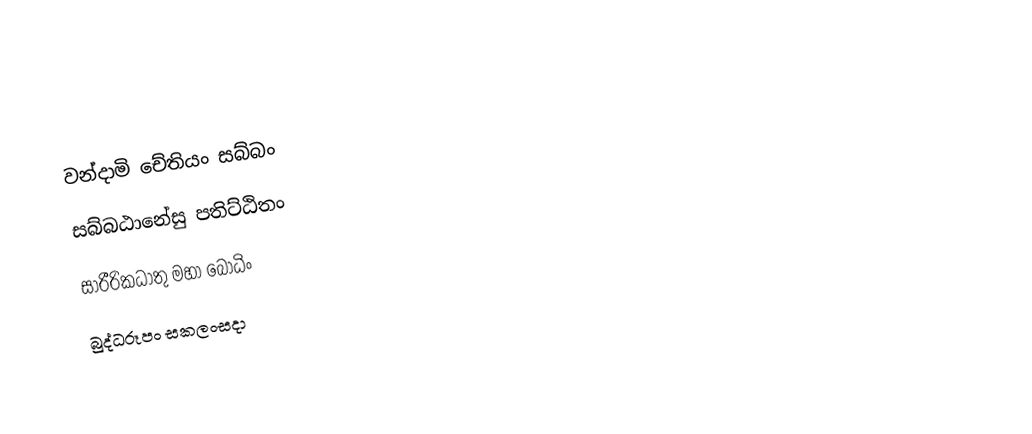
වන්දාමි චේතියං සබ්බං
සබ්බඨානේසු පතිට්ඨිතං
සාරීරිකධාතු මහා බෝධිං
බුද්ධරූපං සකලංසදා